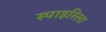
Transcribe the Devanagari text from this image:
स्पाइरिला